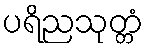
ပရိညသုတ္တံ